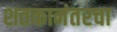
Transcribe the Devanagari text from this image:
शतकानंतरचा